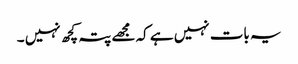
یہ بات نہیں ہے کہ مجھے پتہ کچھ نہیں ۔